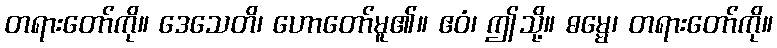
တရားတော်ကို။ ဒေသေတိ၊ ဟောတော်မူ၏။ ဧဝံ၊ ဤသို့။ ဓမ္မေ၊ တရားတော်ကို။